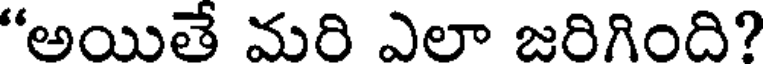
"అయితే మరి ఎలా జరిగింది?